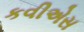
કવીએસ